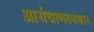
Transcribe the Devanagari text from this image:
आर्यचाणक्यकार